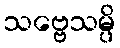
သဗ္ဗေသမ္ပိ